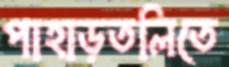
পাহাড়তলিতে